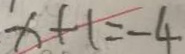
x + 1 = - 4